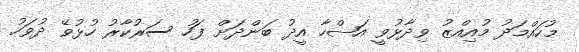
މުހައްމަދު މުއިއްޒު ވިދާޅުވީ އަޟްހާ އީދު ބަންދަށް ފަހު ސަރުކާރު ހުޅުވޭ ދުވަހު